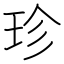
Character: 珍